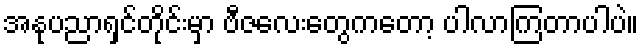
အနုပညာရှင်တိုင်းမှာ ဗီဇလေးတွေကတော့ ပါလာကြတာပါပဲ။